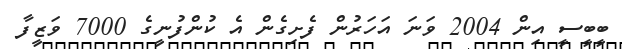
ބީބީސީ އިން 2004 ވަނަ އަހަރުން ފެށިގެން އެ ކުންފުނީގެ 7000 ވަޒީފާ